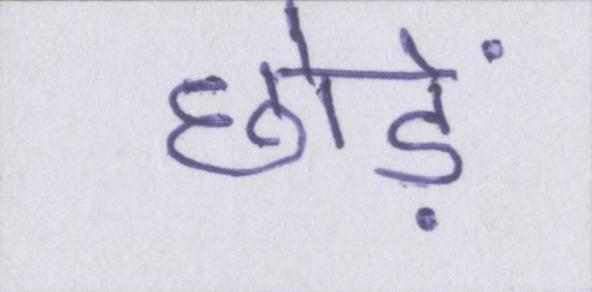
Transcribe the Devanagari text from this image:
छोड़ें